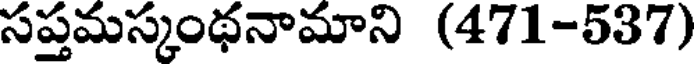
సప్తమస్కంథనామాని (471-537)